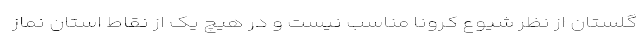
گلستان از نظر شیوع کرونا مناسب نیست و در هیچ یک از نقاط استان نماز